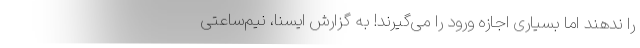
را ندهند اما بسیاری اجازه ورود را می‌گیرند! به گزارش ایسنا، نیم‌ساعتی